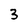
Character: 3